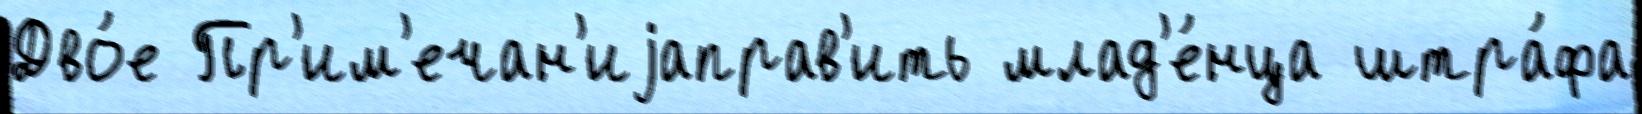
Дво́е Пр'им'ечан'иjаправ'ить млад'е́нца штра́фа